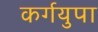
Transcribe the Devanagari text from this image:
कर्गयुपा